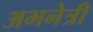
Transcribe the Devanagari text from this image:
अभनेत्री